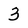
Character: 3